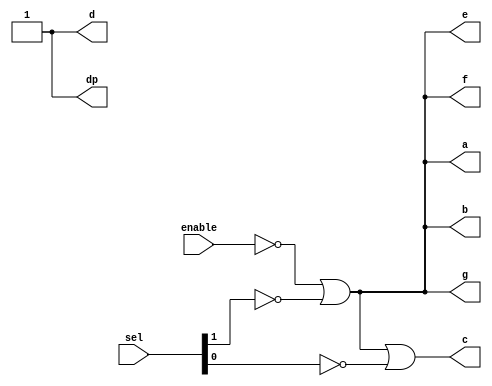
module decodificador_modo(
  enable,
  sel,
  a, b, c, d, e, f, g, dp
);
  input enable;
  input [1:0] sel;

  output a, b, c, d, e, f, g, dp;

  // a = NOT a OR NOT b
  or or0(a, ~enable, ~sel[1]);
  
  // b = NOT a OR NOT b
  or or1(b, ~enable, ~sel[1]);

  // c = NOT a OR NOT b OR NOT c
  or or2(c, ~enable, ~sel[1], ~sel[0]);

  // d = 1
  assign d = 1'b1;

  // e = NOT a OR NOT b
  or or3(e, ~enable, ~sel[1]);

  // f = NOT a OR NOT b
  or or4(f, ~enable, ~sel[1]);

  // g = NOT a OR NOT b
  or or5(g, ~enable, ~sel[1]);

  // dp = 1
  assign dp = 1'b1;
endmodule

module TB_Decodificador_modo();
  reg enable;
  reg [1:0] sel;

  wire a, b, c, d, e, f, g, dp;

  decodificador_modo decodificador_modo(enable, sel, a, b, c, d, e, f, g, dp);

  initial begin
    enable = 1'b1; sel = 2'b00; #10; // 1	1	1	1	1	1	1	1
    enable = 1'b1; sel = 2'b01; #10; // 1	1	1	1	1	1	1	1
    enable = 1'b1; sel = 2'b10; #10; // 0	0	1	1	0	0	0	1 - P
    enable = 1'b1; sel = 2'b11; #10; // 0	0	0	1	0	0	0	1 - A

    enable = 1'b0; sel = 2'b00; #10; // 1	1	1	1	1	1	1	1
    enable = 1'b0; sel = 2'b01; #10; // 1	1	1	1	1	1	1	1
    enable = 1'b0; sel = 2'b10; #10; // 1	1	1	1	1	1	1	1
    enable = 1'b0; sel = 2'b11; #10; // 1	1	1	1	1	1	1	1

  end

endmodule